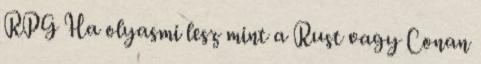
RPG Ha olyasmi lesz mint a Rust vagy Conan